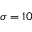
\sigma = 1 0